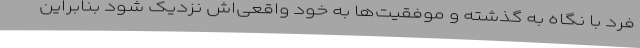
فرد با نگاه به گذشته و موفقیت‌ها به خود واقعی‌اش نزدیک شود بنابراین